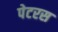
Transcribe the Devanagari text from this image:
पेटरस